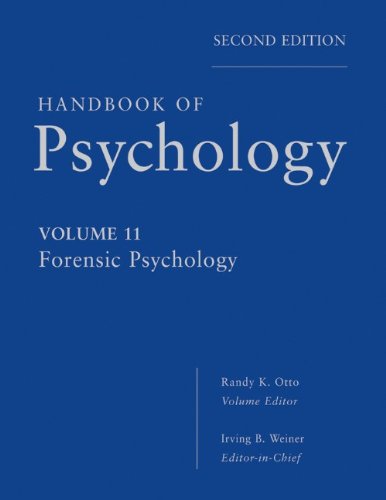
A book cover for Handbook of Psychology, Forensic Psychology (Volume 11); Irving B. Weiner; Medical Books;